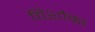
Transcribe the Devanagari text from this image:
विशोका